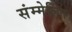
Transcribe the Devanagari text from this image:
संम्मेलित